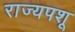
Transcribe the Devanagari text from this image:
राज्यपशू